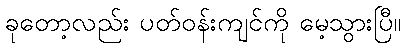
ခုတော့လည်း ပတ်ဝန်းကျင်ကို မေ့သွားပြီ။